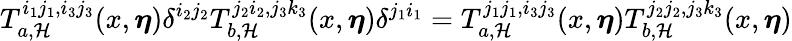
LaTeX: T_{a,\mathcal{H}}^{i_{1}j_{1},i_{3}j_{3}}(x,\boldsymbol{\eta})\delta^{i_{2}j_{2}}T_{b,\mathcal{H}}^{j_{2}i_{2},j_{3}k_{3}}(x,\boldsymbol{\eta})\delta^{j_{1}i_{1}}=T_{a,\mathcal{H}}^{j_{1}j_{1},i_{3}j_{3}}(x,\boldsymbol{\eta})T_{b,\mathcal{H}}^{j_{2}j_{2},j_{3}k_{3}}(x,\boldsymbol{\eta})